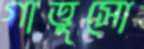
গাত্তুসো